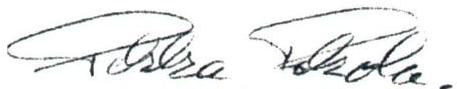
Pekka Rekola.